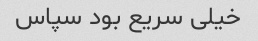
خیلی سریع بود سپاس